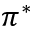
\pi ^ { * }